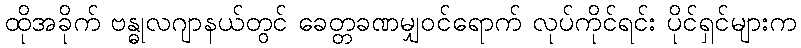
ထိုအခိုက် ဗန္ဓုလဂျာနယ်တွင် ခေတ္တခဏမျှဝင်ရောက် လုပ်ကိုင်ရင်း ပိုင်ရှင်များက